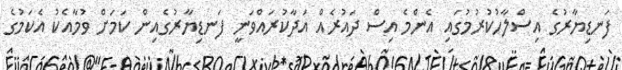
ފަނޑިޔާރުގެ އިސްލާހުކުރުމުގައި އެންމެ އިސް ދައުރެއް އަދާކުރައްވަނީ ފަނޑިޔާރުގެއިން ކަމަށް ވުމާއެކު އެކަމުގެ